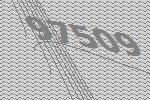
97509